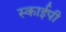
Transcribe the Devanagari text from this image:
स्काईपी